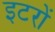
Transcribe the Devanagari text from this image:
इटरों